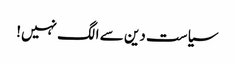
سیاست دین سے الگ نہیں!